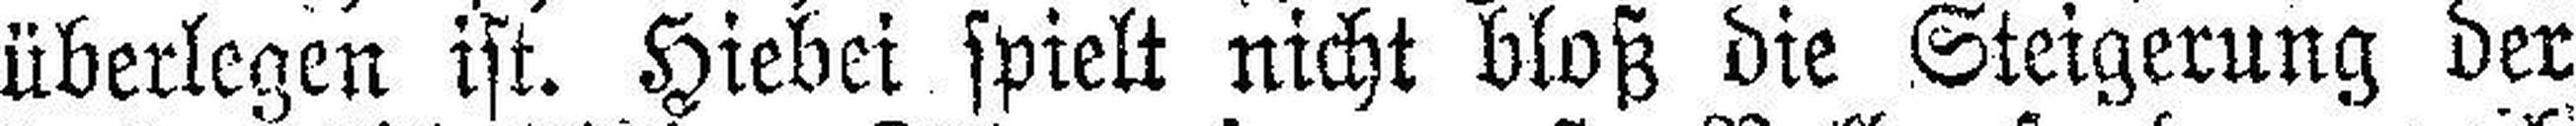
überlegen ist. Hiebei spielt nicht bloß die Steigerung der